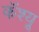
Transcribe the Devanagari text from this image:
कॅश्यू